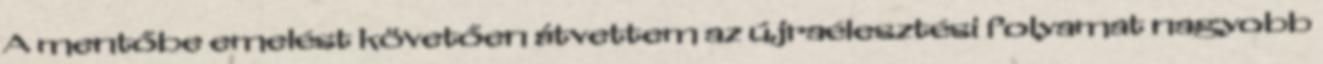
A mentőbe emelést követően átvettem az újraélesztési folyamat nagyobb